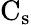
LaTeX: \mathrm{C_{s}}